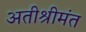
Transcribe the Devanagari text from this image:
अतीश्रीमंत